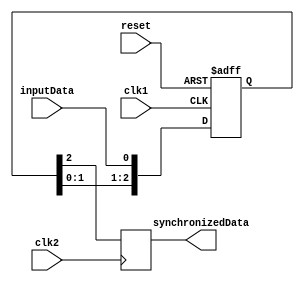
module ThreeFlopSynchronizer (
  input wire clk1,
  input wire clk2,
  input wire reset,
  input wire inputData,
  output reg synchronizedData
);

reg [2:0] syncReg;

always @ (posedge clk1 or posedge reset) begin
  if (reset) begin
    syncReg <= 3'b0;
  end else begin
    syncReg <= {syncReg[1:0], inputData};
  end
end

always @ (posedge clk2) begin
  synchronizedData <= syncReg[2];
end

endmodule